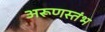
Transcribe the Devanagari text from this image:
अरूणस्तंभ